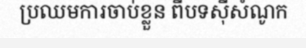
ប្រឈមការចាប់ខ្លួន ពីបទស៊ីសំណូក